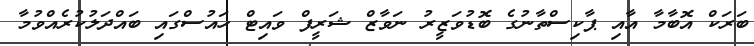
ބަރަކް އޮބާމާ އާއި ޕާކިސްތާނުގެ ބޮޑުވަޒީރު ނަވާޒް ޝަރީފް ވައިޓް ހައުސްގައި ބައްދަލުކުރެއްވުމާ